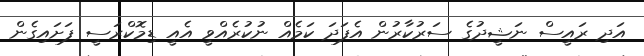
އަދި ރައީސް ނަޝީދުގެ ސަރުކާރުން އެފަދަ ކަމެއް ނުކުރެއްވީ އެއީ ޑިމޮކްރަސީ ފަށައިގެން